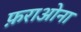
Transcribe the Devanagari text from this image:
फ़राओना